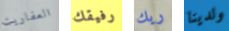
العفاريت رفيقك ريك ولدينا